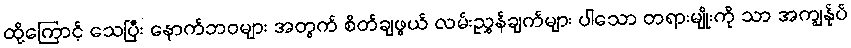
ထို့ကြောင့် သေပြီး နောက်ဘဝများ အတွက် စိတ်ချဖွယ် လမ်းညွှန်ချက်များ ပါသော တရားမျိုးကို သာ အကျွန်ုပ်